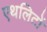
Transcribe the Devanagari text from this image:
एथलिटों